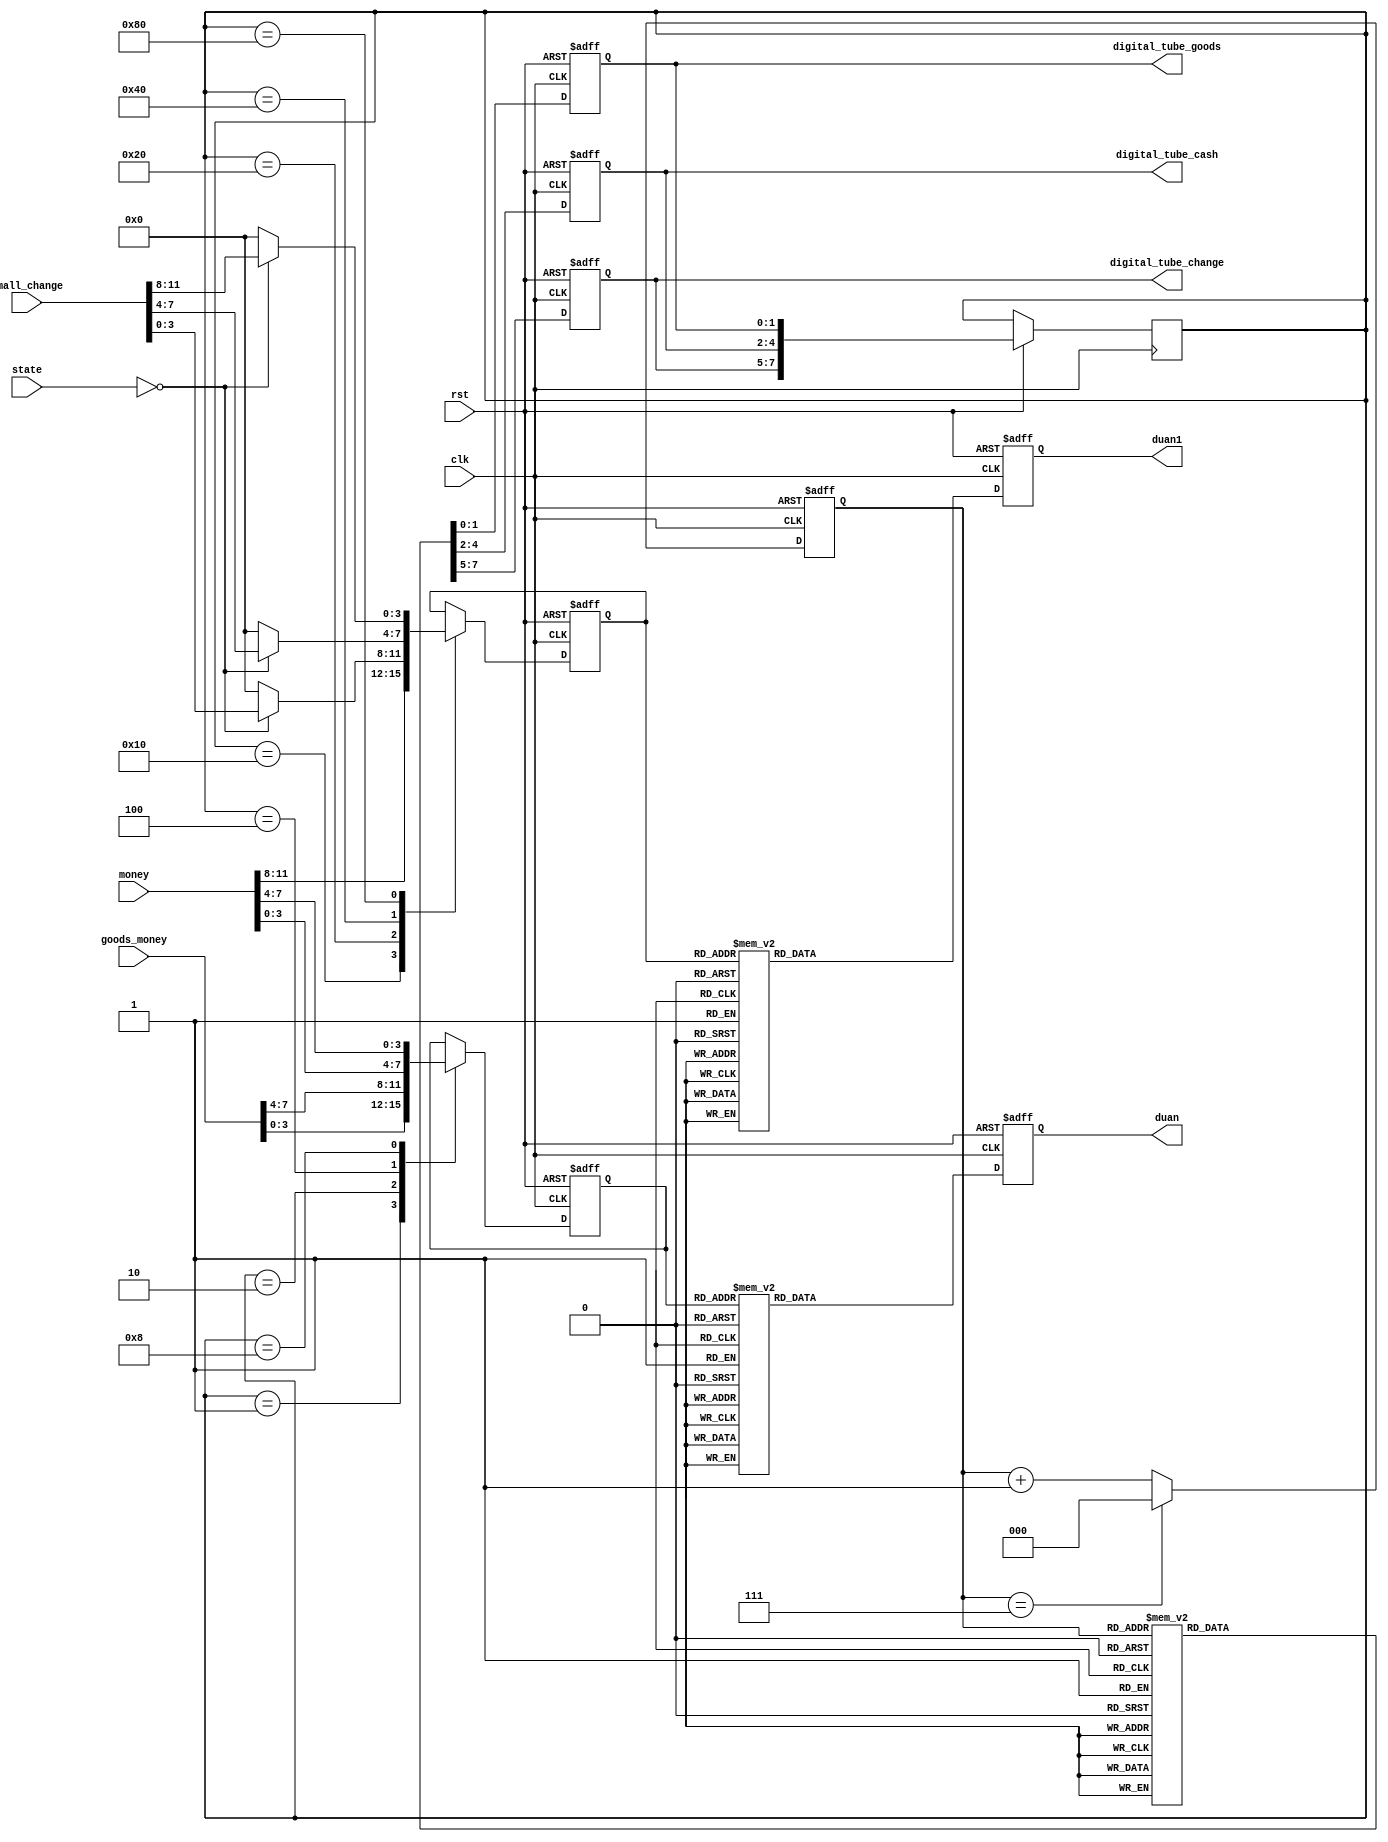
`timescale 1ns / 1ps
//////////////////////////////////////////////////////////////////////////////////
// Company: 
// Engineer: 
// 
// Design Name: 
// Module Name: digitaltube
// Project Name: 
// Target Devices: 
// Tool Versions: 
// Description: 
// 
// Dependencies: 
// 
// Revision:
// Revision 0.01 - File Created
// Additional Comments:
// 
//////////////////////////////////////////////////////////////////////////////////


module digitaltube(
  input clk,
  input rst,
  input [7:0]goods_money,
  input [11:0] money,
  input [11:0] small_change,
  input [1:0] state,
  output reg [6:0] duan,
  output reg [6:0] duan1,
  output reg [1:0] digital_tube_goods,
  output reg [2:0] digital_tube_cash,
  output reg [2:0] digital_tube_change
    );
    reg [19:0] cnt;
    reg [2:0]  goods_wei ;
    reg [3:0]  Dn;
    reg [3:0]  Dn2;
    reg [7:0]  wei;
    always @(posedge clk or negedge rst)
        begin
            if(!rst)
                goods_wei <= 3'b0;
            else
            begin
                goods_wei <= goods_wei +1'b1; 
                            if(goods_wei == 3'd7)
                                     goods_wei <= 3'b0;
             end    
        end
   always @(posedge clk or negedge rst)
            if(!rst)
                cnt <= 0;
            else
                cnt <= cnt+1;     
    always @(posedge clk or negedge rst)
        begin
            if(!rst)
                begin
                    digital_tube_goods <= 2'b11;
                    digital_tube_cash <= 3'b111;
                    digital_tube_change <= 3'b111;
                end
            else
                begin      
                    case (goods_wei)
                        3'b000: begin   digital_tube_goods  <= 2'b01;   digital_tube_cash   <= 3'b000;digital_tube_change <= 3'b000;end
                        3'b001: begin   digital_tube_goods  <= 2'b10;   digital_tube_cash   <= 3'b000;digital_tube_change <= 3'b000;end
                        3'b010: begin   digital_tube_cash   <= 3'b001;  digital_tube_change <= 3'b000;digital_tube_goods  <= 2'b00;end
                        3'b011: begin   digital_tube_cash   <= 3'b010;  digital_tube_change <= 3'b000;digital_tube_goods  <= 2'b00;end
                        3'b100: begin   digital_tube_cash   <= 3'b100;  digital_tube_change <= 3'b000;digital_tube_goods  <= 2'b00;end
                        3'b101: begin   digital_tube_change <= 3'b001; digital_tube_cash   <= 3'b000;digital_tube_goods  <= 2'b00;end
                        3'b110: begin   digital_tube_change <= 3'b010;  digital_tube_cash   <= 3'b000;digital_tube_goods  <= 2'b00; end
                        3'b111: begin digital_tube_change <= 3'b100;  digital_tube_cash   <= 3'b000;digital_tube_goods  <= 2'b00;end
                        default: begin digital_tube_goods <= 2'b00;digital_tube_cash <= 3'b000;digital_tube_change <= 3'b000;end              
                    endcase 
                    wei <= {digital_tube_change,digital_tube_cash,digital_tube_goods};
                end
        end
        
        always @(posedge clk or negedge rst)
            begin
                if(!rst)
                    begin
                        Dn <= 0;
                        Dn2 <= 0;
                    end
                 else
                    begin
                        case(wei)
                            8'b0000_0001:Dn <= goods_money[3:0];
                            8'b0000_0010:Dn <= goods_money[7:4];
                            8'b0000_0100:Dn <= money[3:0];
                            8'b0000_1000:Dn <= money[7:4];
                            8'b0001_0000:Dn2 <= money[11:8];
                            8'b0010_0000:begin 
                                                        if(state == 2'b00)
                                                                Dn2 <= small_change[3:0];
                                                        else
                                                                Dn2 <= 4'b0000;
                                                     end
                            8'b0100_0000:begin
                                                        if(state == 2'b00)
                                                            Dn2 <= small_change[7:4];
                                                        else
                                                            Dn2 <= 4'b0000;
                                                    end
                           8'b1000_0000:begin
                                                         if(state == 2'b00)
                                                                 Dn2 <= small_change[11:8];
                                                         else
                                                                 Dn2 <= 4'b0000;
                                                    end
                        default;
                        endcase
                    end
            end
            
           always @(posedge clk or negedge rst)
            begin
                if(!rst)
                    begin
                    duan <= 7'b1111111;
                    duan1 <= 7'b1111111;
                    end
               else
                    begin
                        case(Dn)
                            4'b0000: begin duan =    7'b1111_110; end 
                            4'b0001: begin duan =    7'b0110_000; end  
                            4'b0010: begin duan =    7'b1101_101; end   
                            4'b0011: begin duan =    7'b1111_001; end   
                            4'b0100: begin duan =    7'b0110_011; end 
                            4'b0101: begin duan =    7'b1011_011; end 
                            4'b0110: begin duan =    7'b1011_111; end   
                            4'b0111: begin duan =    7'b1110_000; end  
                            4'b1000: begin duan =    7'b1111_111; end 
                            4'b1001: begin duan =    7'b1111_011; end   
                         default: begin duan =    7'b1111_111; end  
                        endcase
                        case(Dn2)
                            4'b0000: begin duan1 =    7'b1111_110; end  
                            4'b0001: begin duan1 =    7'b0110_000; end 
                            4'b0010: begin duan1 =    7'b1101_101; end   
                            4'b0011: begin duan1 =    7'b1111_001; end  
                            4'b0100: begin duan1 =    7'b0110_011; end 
                            4'b0101: begin duan1 =    7'b1011_011; end
                            4'b0110: begin duan1 =    7'b1011_111; end  
                            4'b0111: begin duan1 =    7'b1110_000; end   
                            4'b1000: begin duan1 =    7'b1111_111; end 
                            4'b1001: begin duan1 =    7'b1111_011; end   
                         default: begin duan1 =    7'b1111_111; end  
                        endcase
                    end
            
            end
endmodule